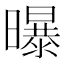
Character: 曝